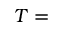
T =